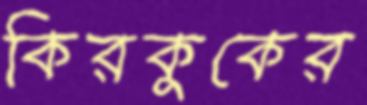
কিরকুকের